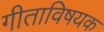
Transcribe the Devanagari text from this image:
गीताविषयक